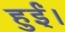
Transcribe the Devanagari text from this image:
हुई़ं।